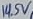
Text: 14.5V